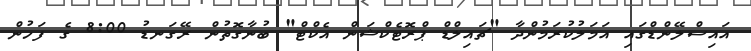
އައިސްލޭންޑްގައި އަމަލުކުރަމުންދާ "ޗައިލްޑް ޕްރޮޓެކްޝަން އެކްޓް" ބުނާގޮތުން ރޭގަނޑު 8:00 ގެ ފަހުން